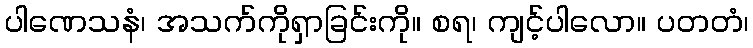
ပါဏေသနံ၊ အသက်ကိုရှာခြင်းကို။ စရ၊ ကျင့်ပါလော။ ပတတံ၊